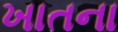
ખાતના